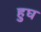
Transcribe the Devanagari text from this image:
हुघ